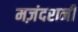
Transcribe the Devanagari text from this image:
मज़ंदरानी